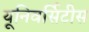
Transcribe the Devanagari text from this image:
यूनिवर्सिटीस